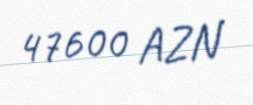
47600 AZN